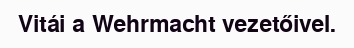
Vitái a Wehrmacht vezetőivel.